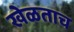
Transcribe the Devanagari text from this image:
खेळताच